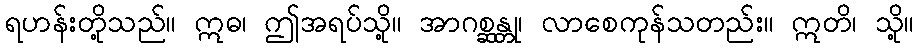
ရဟန်းတို့သည်။ ဣဓ၊ ဤအရပ်သို့။ အာဂစ္ဆန္တု၊ လာစေကုန်သတည်း။ ဣတိ၊ သို့။